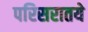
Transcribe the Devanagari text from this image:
परिसरातये